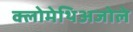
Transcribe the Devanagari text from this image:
क्लोमेथिअजोले